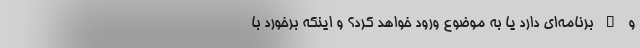
و … برنامه‌ای دارد یا به موضوع ورود خواهد کرد؟ و اینکه برخورد با